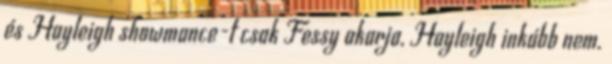
és Hayleigh showmance-t csak Fessy akarja, Hayleigh inkább nem.